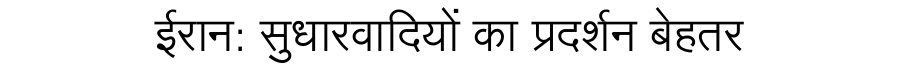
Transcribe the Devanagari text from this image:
ईरान: सुधारवादियों का प्रदर्शन बेहतर